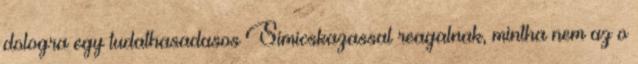
dologra egy tudathasadasos Simicskazassal reagalnak, mintha nem az o